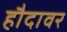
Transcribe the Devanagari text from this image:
हौदावर